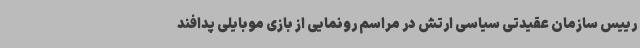
رییس سازمان عقیدتی سیاسی ارتش در مراسم رونمایی از بازی موبایلی پدافند